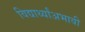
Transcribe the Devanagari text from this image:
विद्यार्थ्यांअभावी